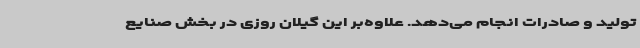
تولید و صادرات انجام می‌دهد. علاوه‌بر این گیلان روزی در بخش صنایع